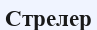
Стрелер